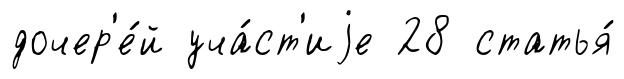
дочер'е́й уча́ст'иjе 28 статья́